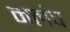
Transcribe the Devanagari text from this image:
मलंच